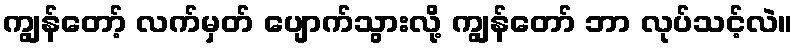
ကျွန်တော့် လက်မှတ် ပျောက်သွားလို့ ကျွန်တော် ဘာ လုပ်သင့်လဲ။